Indian journal of veterinary science and animal husbandry - Volume 7,
Year: 1937
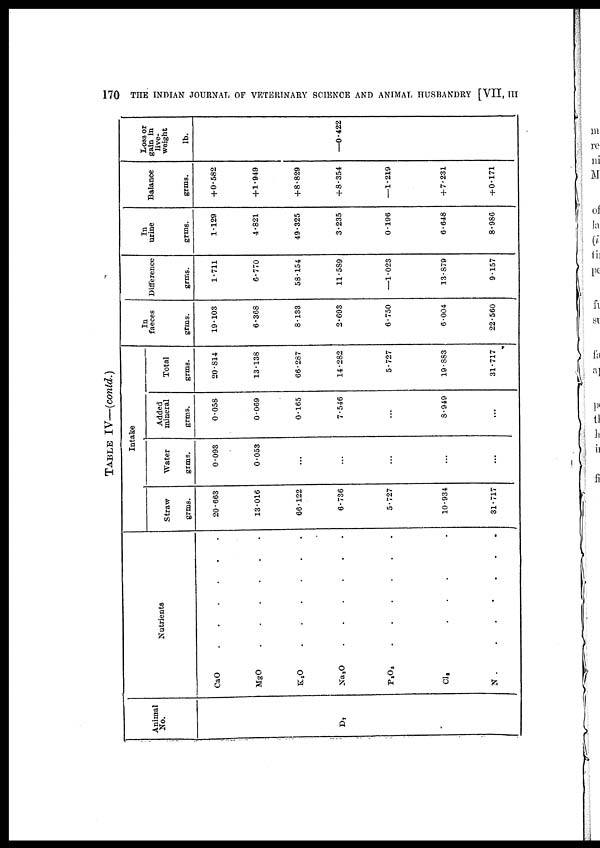
170
THE INDIAN JOURNAL OF VETERINARY SCIENCE AND ANIMAL HUSBANDRY [VII, III
TABLE IV—(contd.)
Animal
No.
D 7
Nutrients
CaO . . . . . . .
MgO . . . . . . .
K 2 O . . . . . . .
Na 2 O . . . . . . .
P 2 O 5 . . . . . . .
CI 2 . . . . . . .
N . . . . . . .
Intake
Straw
grms.
20.663
13.016
66.122
6.736
5.727
10.934
31.717
Water
grms.
0.093
0.053
...
...
...
...
...
Added
mineral
grms.
0.058
0.069
0.165
7.546
...
8.949
...
Total
grms.
20.814
13.138
66.287
14.282
5.727
19.883
31.717
faeces
grms.
19.103
6.368
8.133
2.693
6.750
6.004
22.560
Difference
grms.
1.711
6.770
58.154
11.589
—1.023
13.879
9.157
urine
grms.
1.129
4.821
49.325
3.235
0.196
6.648
8.986
Balance
grms.
+0.582
+ 1.949
+8.829
+8.354
—1.219
+ 7.231
+0.171
loss or
gain in
live.
weight
lb.
—0.422